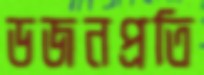
ডজনপ্রতি